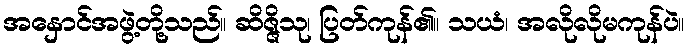
အနှောင်အဖွဲ့တို့သည်။ ဆိဇ္ဇိသု၊ ပြတ်ကုန်၏။ သယံ၊ အလိုလိုမကုန်ပဲ။